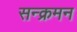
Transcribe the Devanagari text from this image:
सन्क्रमन